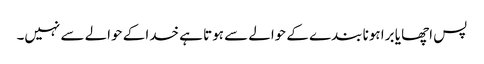
پس اچھا یا برا ہونا بندے کے حوالے سے ہوتا ہے خدا کے حوالے سے نہیں۔